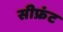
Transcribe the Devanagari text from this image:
सीफ्रंट